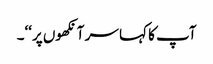
آپ کا کہا سر آنکھوں پر‘‘۔